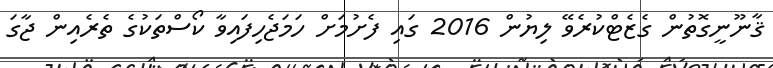
ޤާނޫނީގޮތުން ގެޒެޓްކުރެވޭ ލިޔުން 2016 ގައި ފެށުމަށް ހަމަޖެހިފައިވާ ކޯސްތަކުގެ ތެރެއިން ޖާގަ